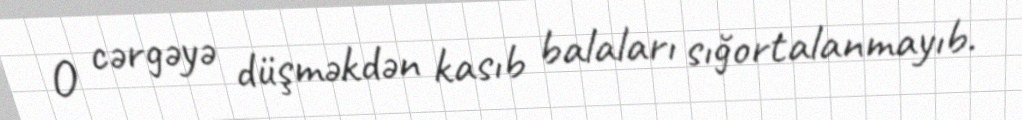
O cərgəyə düşməkdən kasıb balaları sığortalanmayıb.